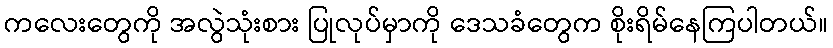
ကလေးတွေကို အလွဲသုံးစား ပြုလုပ်မှာကို ဒေသခံတွေက စိုးရိမ်နေကြပါတယ်။